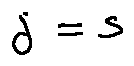
j = s